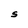
Character: s